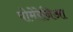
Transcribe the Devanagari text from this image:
पोमेरेनिआ